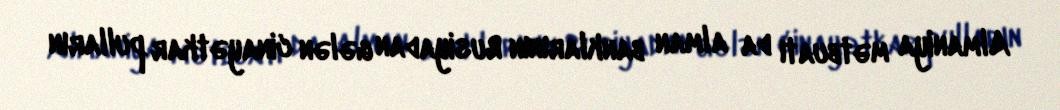
Almaniya mətbuatı da alman banklarının Rusiyadan gələn cinayətkar pulların